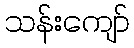
သန်းကျော်